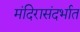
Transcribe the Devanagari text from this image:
मंदिरासंदर्भात